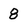
Character: 8